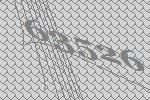
63526